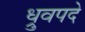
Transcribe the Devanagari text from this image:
ध्रुवपदे